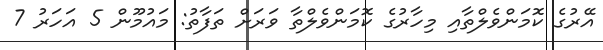
އޭރުގެ ކޮމަންވެލްތާއި މިހާރުގެ ކޮމަންވެލްތާ ވަރަށް ތަފާތު: މައުމޫން 5 އަހަރު 7